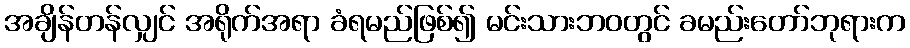
အချိန်တန်လျှင် အရိုက်အရာ ခံရမည်ဖြစ်၍ မင်းသားဘဝတွင် ခမည်းတော်ဘုရားက